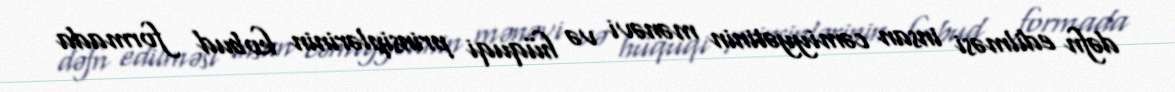
dəfn edilməsi insan cəmiyyətinin mənəvi və hüquqi prinsiplərinin kobud formada